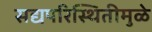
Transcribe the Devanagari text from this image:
सद्यपरिस्थितीमुळे